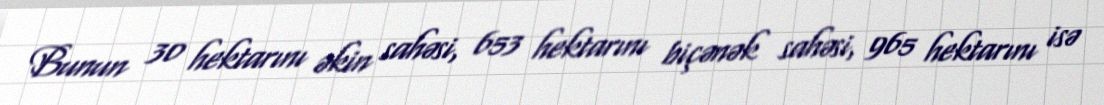
Bunun 30 hektarını əkin sahəsi, 653 hektarını biçənək sahəsi, 965 hektarını isə